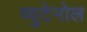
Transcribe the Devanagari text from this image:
व्युटेनोल